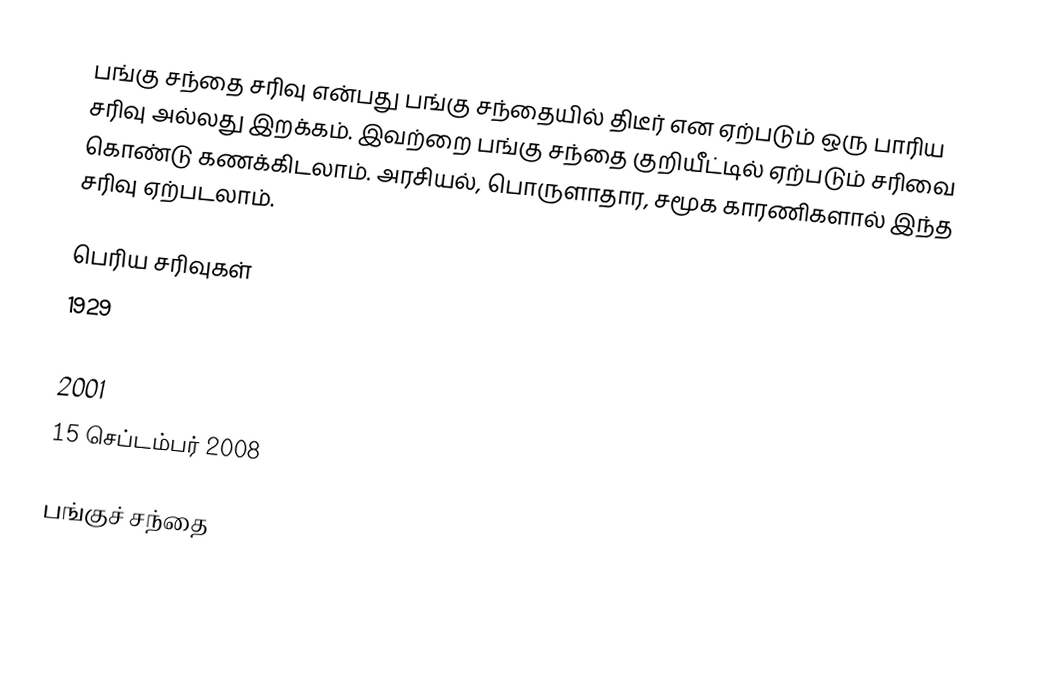
பங்கு சந்தை சரிவு என்பது பங்கு சந்தையில் திடீர் என ஏற்படும் ஒரு பாரிய சரிவு அல்லது இறக்கம்.  இவற்றை பங்கு சந்தை குறியீட்டில் ஏற்படும் சரிவை கொண்டு கணக்கிடலாம்.  அரசியல், பொருளாதார, சமூக காரணிகளால் இந்த சரிவு ஏற்படலாம்.

பெரிய சரிவுகள்
 1929
 1987
 2001
 15 செப்டம்பர் 2008

பங்குச் சந்தை